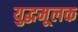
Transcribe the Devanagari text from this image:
युद्धमूलक